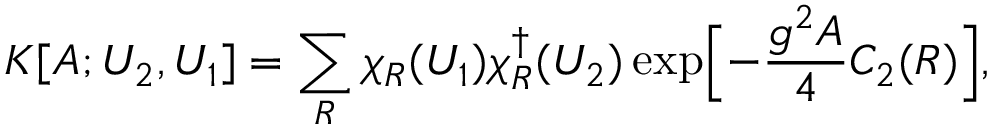
{ \cal K } [ A ; U _ { 2 } , U _ { 1 } ] = \sum _ { R } \chi _ { R } ( U _ { 1 } ) \chi _ { R } ^ { \dagger } ( U _ { 2 } ) \exp \Bigl [ - \frac { g ^ { 2 } A } { 4 } C _ { 2 } ( R ) \Bigr ] ,